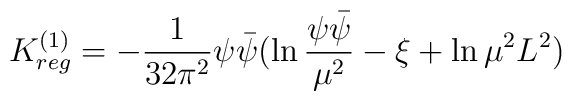
K^{(1)}_{reg} = - \frac{1}{32\pi^2}\psi\bar{\psi}               (\ln\frac{\psi\bar{\psi}}{\mu^2} - \xi + \ln \mu^2L^2)